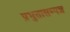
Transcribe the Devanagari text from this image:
प्रभुतासम्पन्न